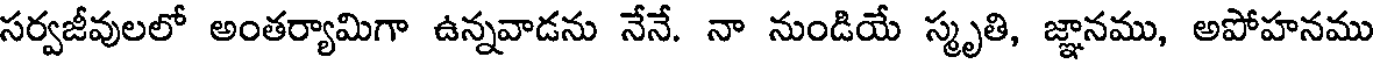
సర్వజీవులలో అంతర్యామిగా ఉన్నవాడను నేనే. నా నుండియే స్మృతి, జ్ఞానము, అపోహనము